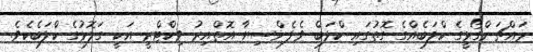
މައްޗަންގޯޅީގެ ކްލަބެއްގެ ގޮތުގައި ކްލަބް ވެލެންސިޔާ އޮތްއިރު ވިކްޓްރީ އަކީ ގަލޮޅުގެ ކްލަބެކެވެ.